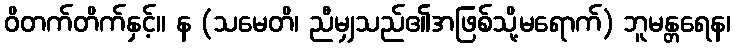
ဝိတက်တိက်နှင့်။ န (သမေတိ၊ ညီမျှသည်၏အဖြစ်သို့မရောက်) ဘူမန္တရေန၊